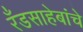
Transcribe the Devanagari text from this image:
रँडसाहेबांचे